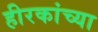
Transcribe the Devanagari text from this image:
हीरकांच्या